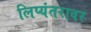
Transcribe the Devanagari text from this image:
लिप्यंतरावर